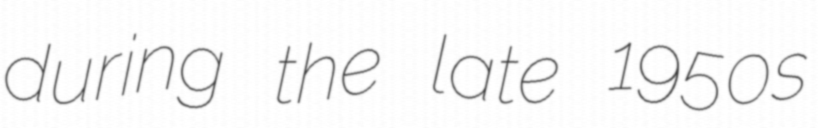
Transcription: during the late 1950s